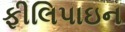
ફીલિપાઇન